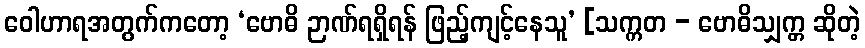
ဝေါဟာရအတွက်ကတော့ ‘ဗောဓိ ဉာဏ်ရရှိရန် ဖြည့်ကျင့်နေသူ’ [သက္ကတ - ဗောဓိသျှက္တ ဆိုတဲ့